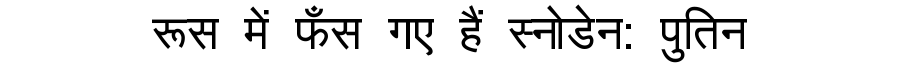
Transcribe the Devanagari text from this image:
रूस में फँस गए हैं स्नोडेन: पुतिन